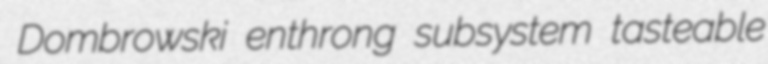
Dombrowski enthrong subsystem tasteable